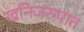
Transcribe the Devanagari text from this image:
खनिजरुपात